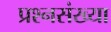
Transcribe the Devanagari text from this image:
प्रश्नसंख्या